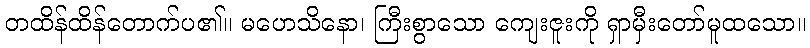
တထိန်ထိန်တောက်ပ၏။ မဟေသိနော၊ ကြီးစွာသော ကျေးဇူးကို ရှာမှီးတော်မူထသော။